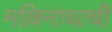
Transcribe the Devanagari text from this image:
मल्लिनाथाची